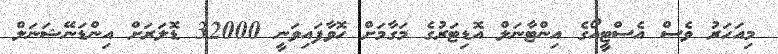
މިއަހަރު ވެސް އެސްޓީއޯގެ އިންޓާނަލް އޮޑިޓަރުގެ މަގާމަށް ހޮވާފައިވަނީ 32000 ޑޮލަރަށް އިންޑަނޭޝަނަލް